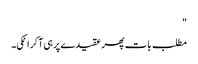
"
مطلب بات پھر عقیدے پر ہی آ کر اٹکی۔